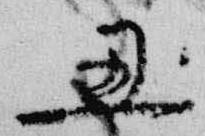
丑